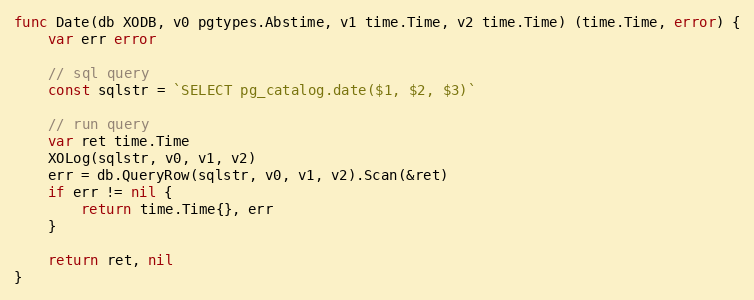
Language: Go
func Date(db XODB, v0 pgtypes.Abstime, v1 time.Time, v2 time.Time) (time.Time, error) {
	var err error

	// sql query
	const sqlstr = `SELECT pg_catalog.date($1, $2, $3)`

	// run query
	var ret time.Time
	XOLog(sqlstr, v0, v1, v2)
	err = db.QueryRow(sqlstr, v0, v1, v2).Scan(&ret)
	if err != nil {
		return time.Time{}, err
	}

	return ret, nil
}